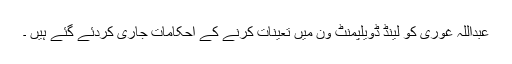
عبداللہ غوری کو لینڈ ڈویلپمنٹ ون میں تعینات کرنے کے احکامات جاری کردئے گئے ہیں ۔